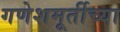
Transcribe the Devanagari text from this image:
गणेशमूर्तीच्या